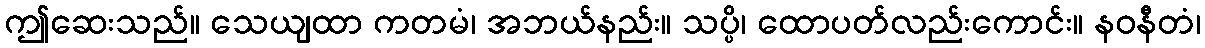
ဤဆေးသည်။ သေယျထာ ကတမံ၊ အဘယ်နည်း။ သပ္ပိ၊ ထောပတ်လည်းကောင်း။ နဝနီတံ၊